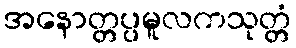
အနောတ္တပ္ပမူလကသုတ္တံ